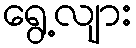
ရွေ့လျား